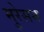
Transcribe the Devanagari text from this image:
मुरेसन